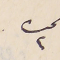
نمره ٢